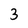
Character: 3